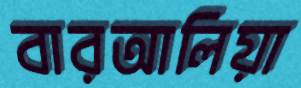
বারআলিয়া